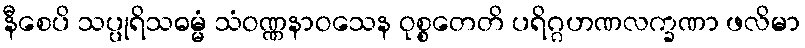
နီစေပိ သပ္ပုရိသဓမ္မံ သံဝဏ္ဏနာဝသေန ဝုစ္စတေတိ ပရိဂ္ဂဟဏလက္ခဏာ ဖလိမာ